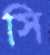
সি